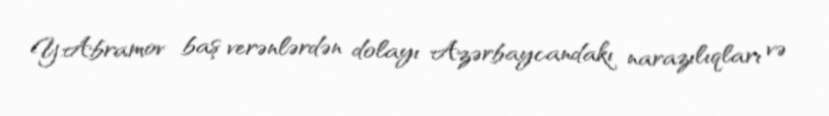
Y.Abramov baş verənlərdən dolayı Azərbaycandakı narazılıqları və